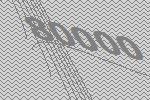
80000